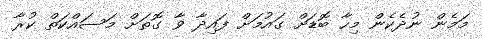
މަމެން ނުދެކެން މިހާ ބޮޑަށް ގައުމަށް ފައިދާ ވާ ގޮތަށް މަސައްކަތް ކުރާ